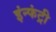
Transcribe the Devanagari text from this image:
इंन्फंट्री